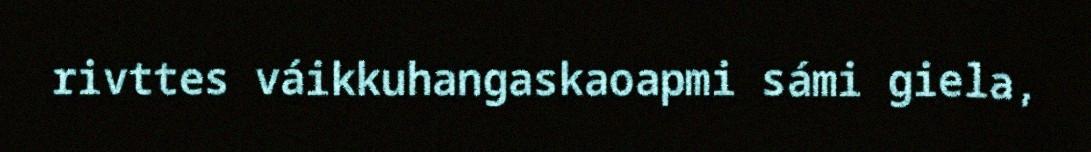
rivttes váikkuhangaskaoapmi sámi giela,